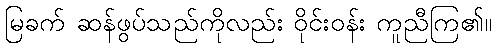
မြခက် ဆန်ဖွပ်သည်ကိုလည်း ဝိုင်းဝန်း ကူညီကြ၏။